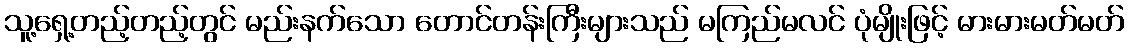
သူ့ရှေ့တည့်တည့်တွင် မည်းနက်သော တောင်တန်းကြီးများသည် မကြည်မလင် ပုံမျိုးဖြင့် မားမားမတ်မတ်